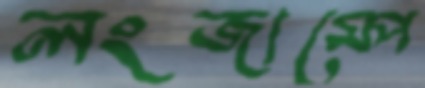
লংজাম্পে